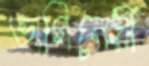
ভাগিনেয়ী